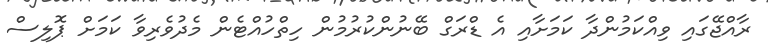
ރާއްޖޭގައި ވިއްކަމުންދާ ކަމަށާއި އެ ޑްރަގް ބޭނުންކުރުމުން ހިތްހުއްޓެން މެދުވެރިވާ ކަމަށް ޕޮލިސް